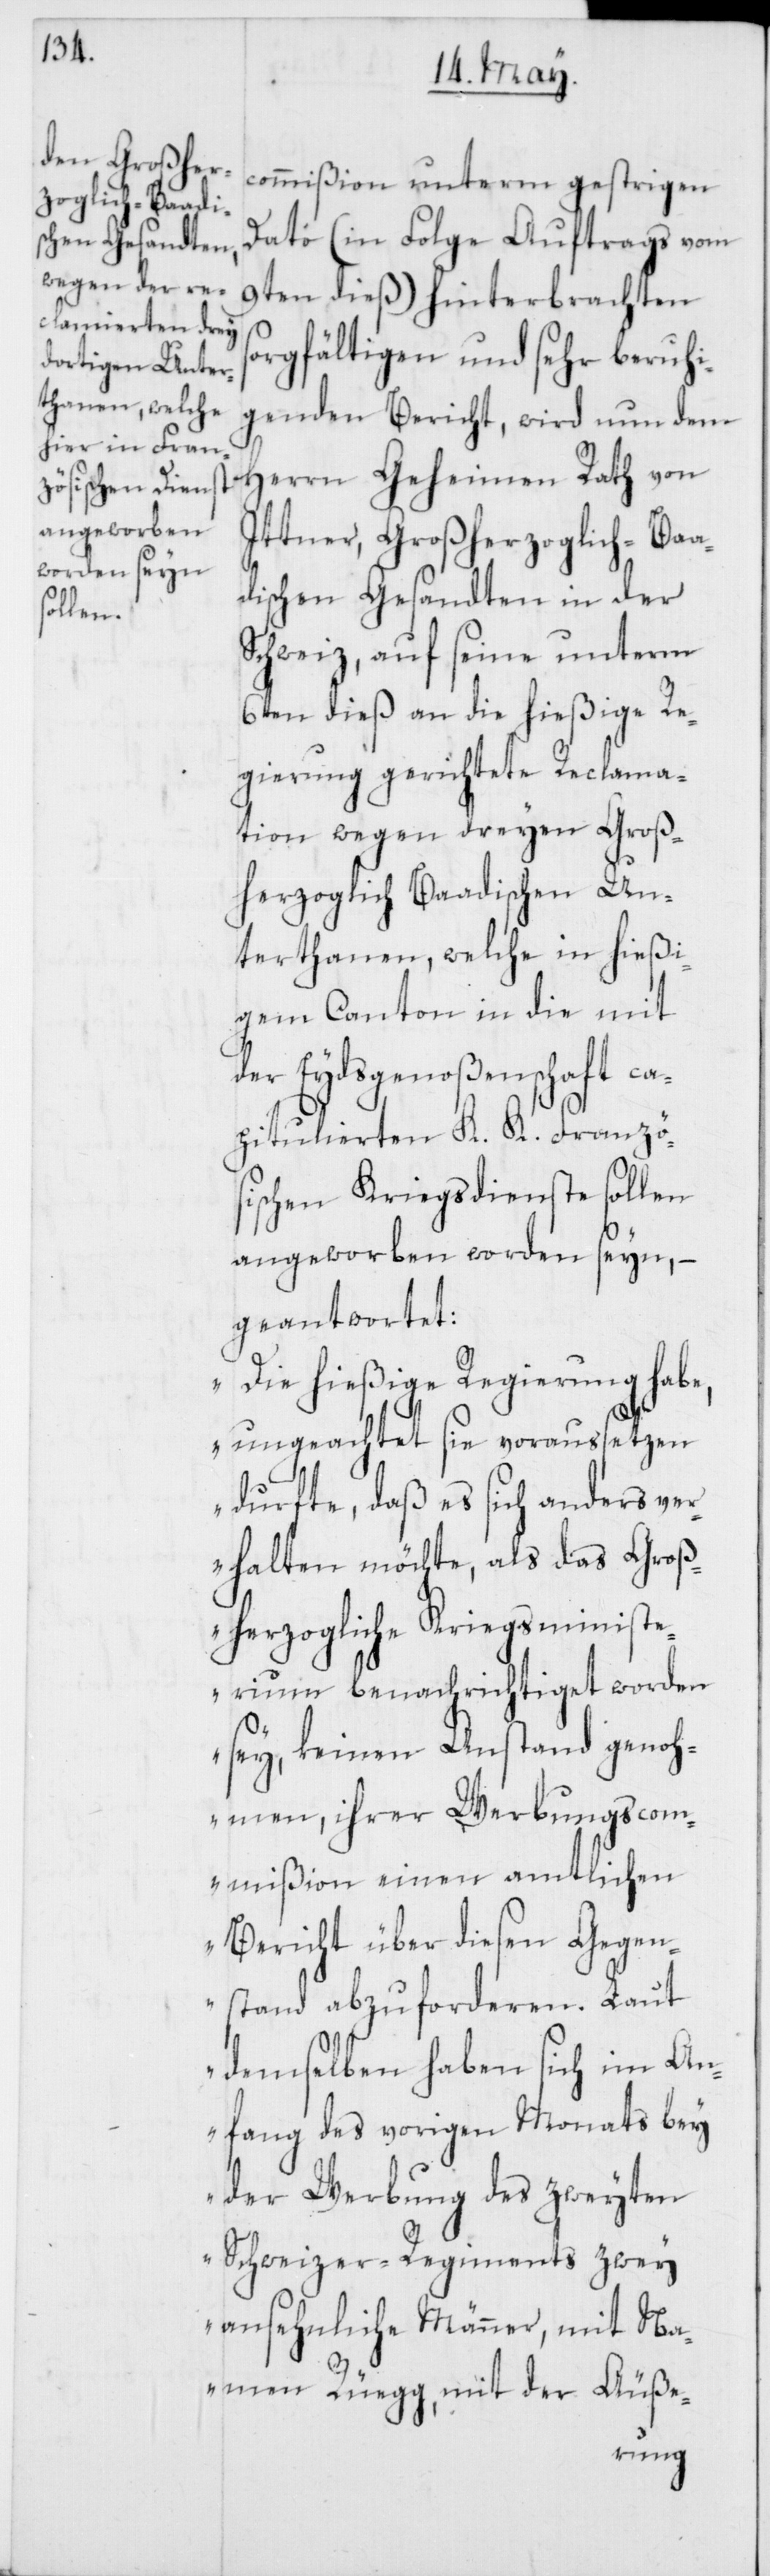
commißion unterm gestrigen
Dato (in Folge Auftrags vom
9ten dieß) hinterbrachten s¬
orgfältigen und sehr beruhi¬
genden Bericht, wird nun dem
Herrn Geheimen Rath von
Ittner, Großherzoglich-Baa¬
dischen Gesandten in der
Schweiz, auf seine unterm
6ten dieß an die hießige Re¬
gierung gerichtete Reclama¬
tion wegen dreyen Groß¬
herzoglich Baadischen Un¬
terthanen, welche in hießi¬
gem Canton in die mit
der Eydsgenoßenschaft ca¬
pitulierten K. K. Franzö¬
sischen Kriegsdienste sollen
angeworben worden seyn, –
geantwortet:
„Die hießige Regierung habe,
ungeachtet sie voraussetzen
durfte, daß es sich anders ver¬
halten möchte, als das Groß¬
herzogliche Kriegsministe¬
rium benachrichtiget worden
sey, keinen Anstand genoh¬
men, ihrer Werbungscom¬
mißion einen amtlichen
Bericht über diesen Gegen¬
stand abzuforderen. Laut
demselben haben sich im An¬
fang des vorigen Monats bey
der Werbung des zweyten
Schweizer-Regiments zwey
ansehnliche Männer, mit Na¬
men Rüegg, mit der Äuße-